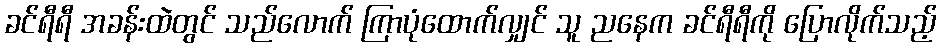
ခင်ရီရီ အခန်းထဲတွင် သည်လောက် ကြာပုံထောက်လျှင် သူ ညနေက ခင်ရီရီကို ပြောလိုက်သည့်